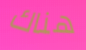
هناك